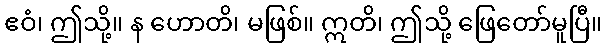
ဧဝံ၊ ဤသို့။ န ဟောတိ၊ မဖြစ်။ ဣတိ၊ ဤသို့ ဖြေတော်မူပြီ။